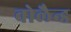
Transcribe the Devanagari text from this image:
वोलैन्ड